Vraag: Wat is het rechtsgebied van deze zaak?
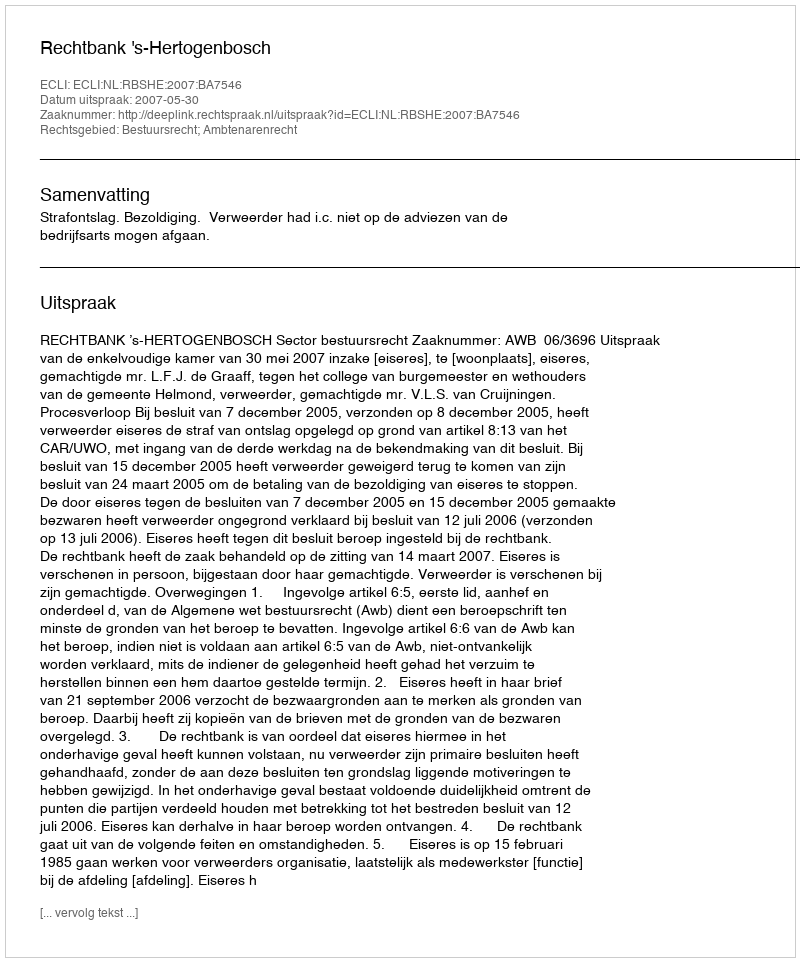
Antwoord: Bestuursrecht; Ambtenarenrecht